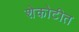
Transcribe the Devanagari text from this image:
शेकोटीत